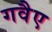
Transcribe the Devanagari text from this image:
गवैए